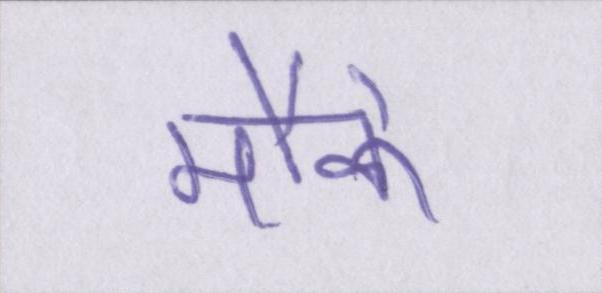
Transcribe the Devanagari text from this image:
मौके